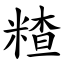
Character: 𥻗